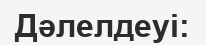
Дәлелдеуі: